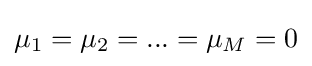
\mu _{1}=\mu _{2}=...=\mu _{M}=0